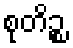
စုတိဉ္စ